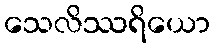
သေလိဿရိယော